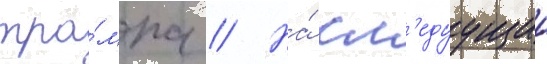
тра́мпа // На́ сл'едуущии